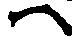
ハ